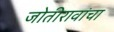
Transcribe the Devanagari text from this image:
जोतीरावांचा